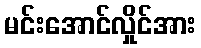
မင်းအောင်လှိုင်အား